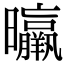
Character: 㬯